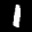
Label: 1